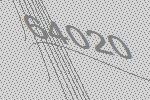
64020